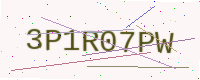
Text: 3P1R07PW